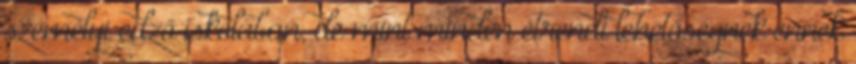
személyi edző iskolában, de mint minden étrendi lehetőségnek ennek